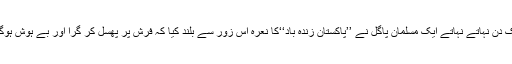
ایک دن نہاتے نہاتے ایک مسلمان پاگل نے ’’پاکستان زندہ باد‘‘کا نعرہ اس زور سے بلند کیا کہ فرش پر پھسل کر گِرا اور بے ہوش ہوگیا۔